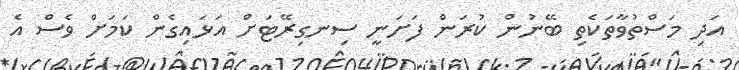
އަދި މަސްތުވާތަކެތި ބޭނުން ކުރަން ފަށަނީ ސިނގިރޭޓަށް އަޅައިގެން ކަމަށް ވެސް އެ